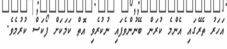
އަހަރު ތެރޭގައި އެންމެ ކުރަން ބޭނުންވެފައި ނުކުރެވި އޮތް ކަމަކަށް ފޯކަސް ކުރުމެވެ.